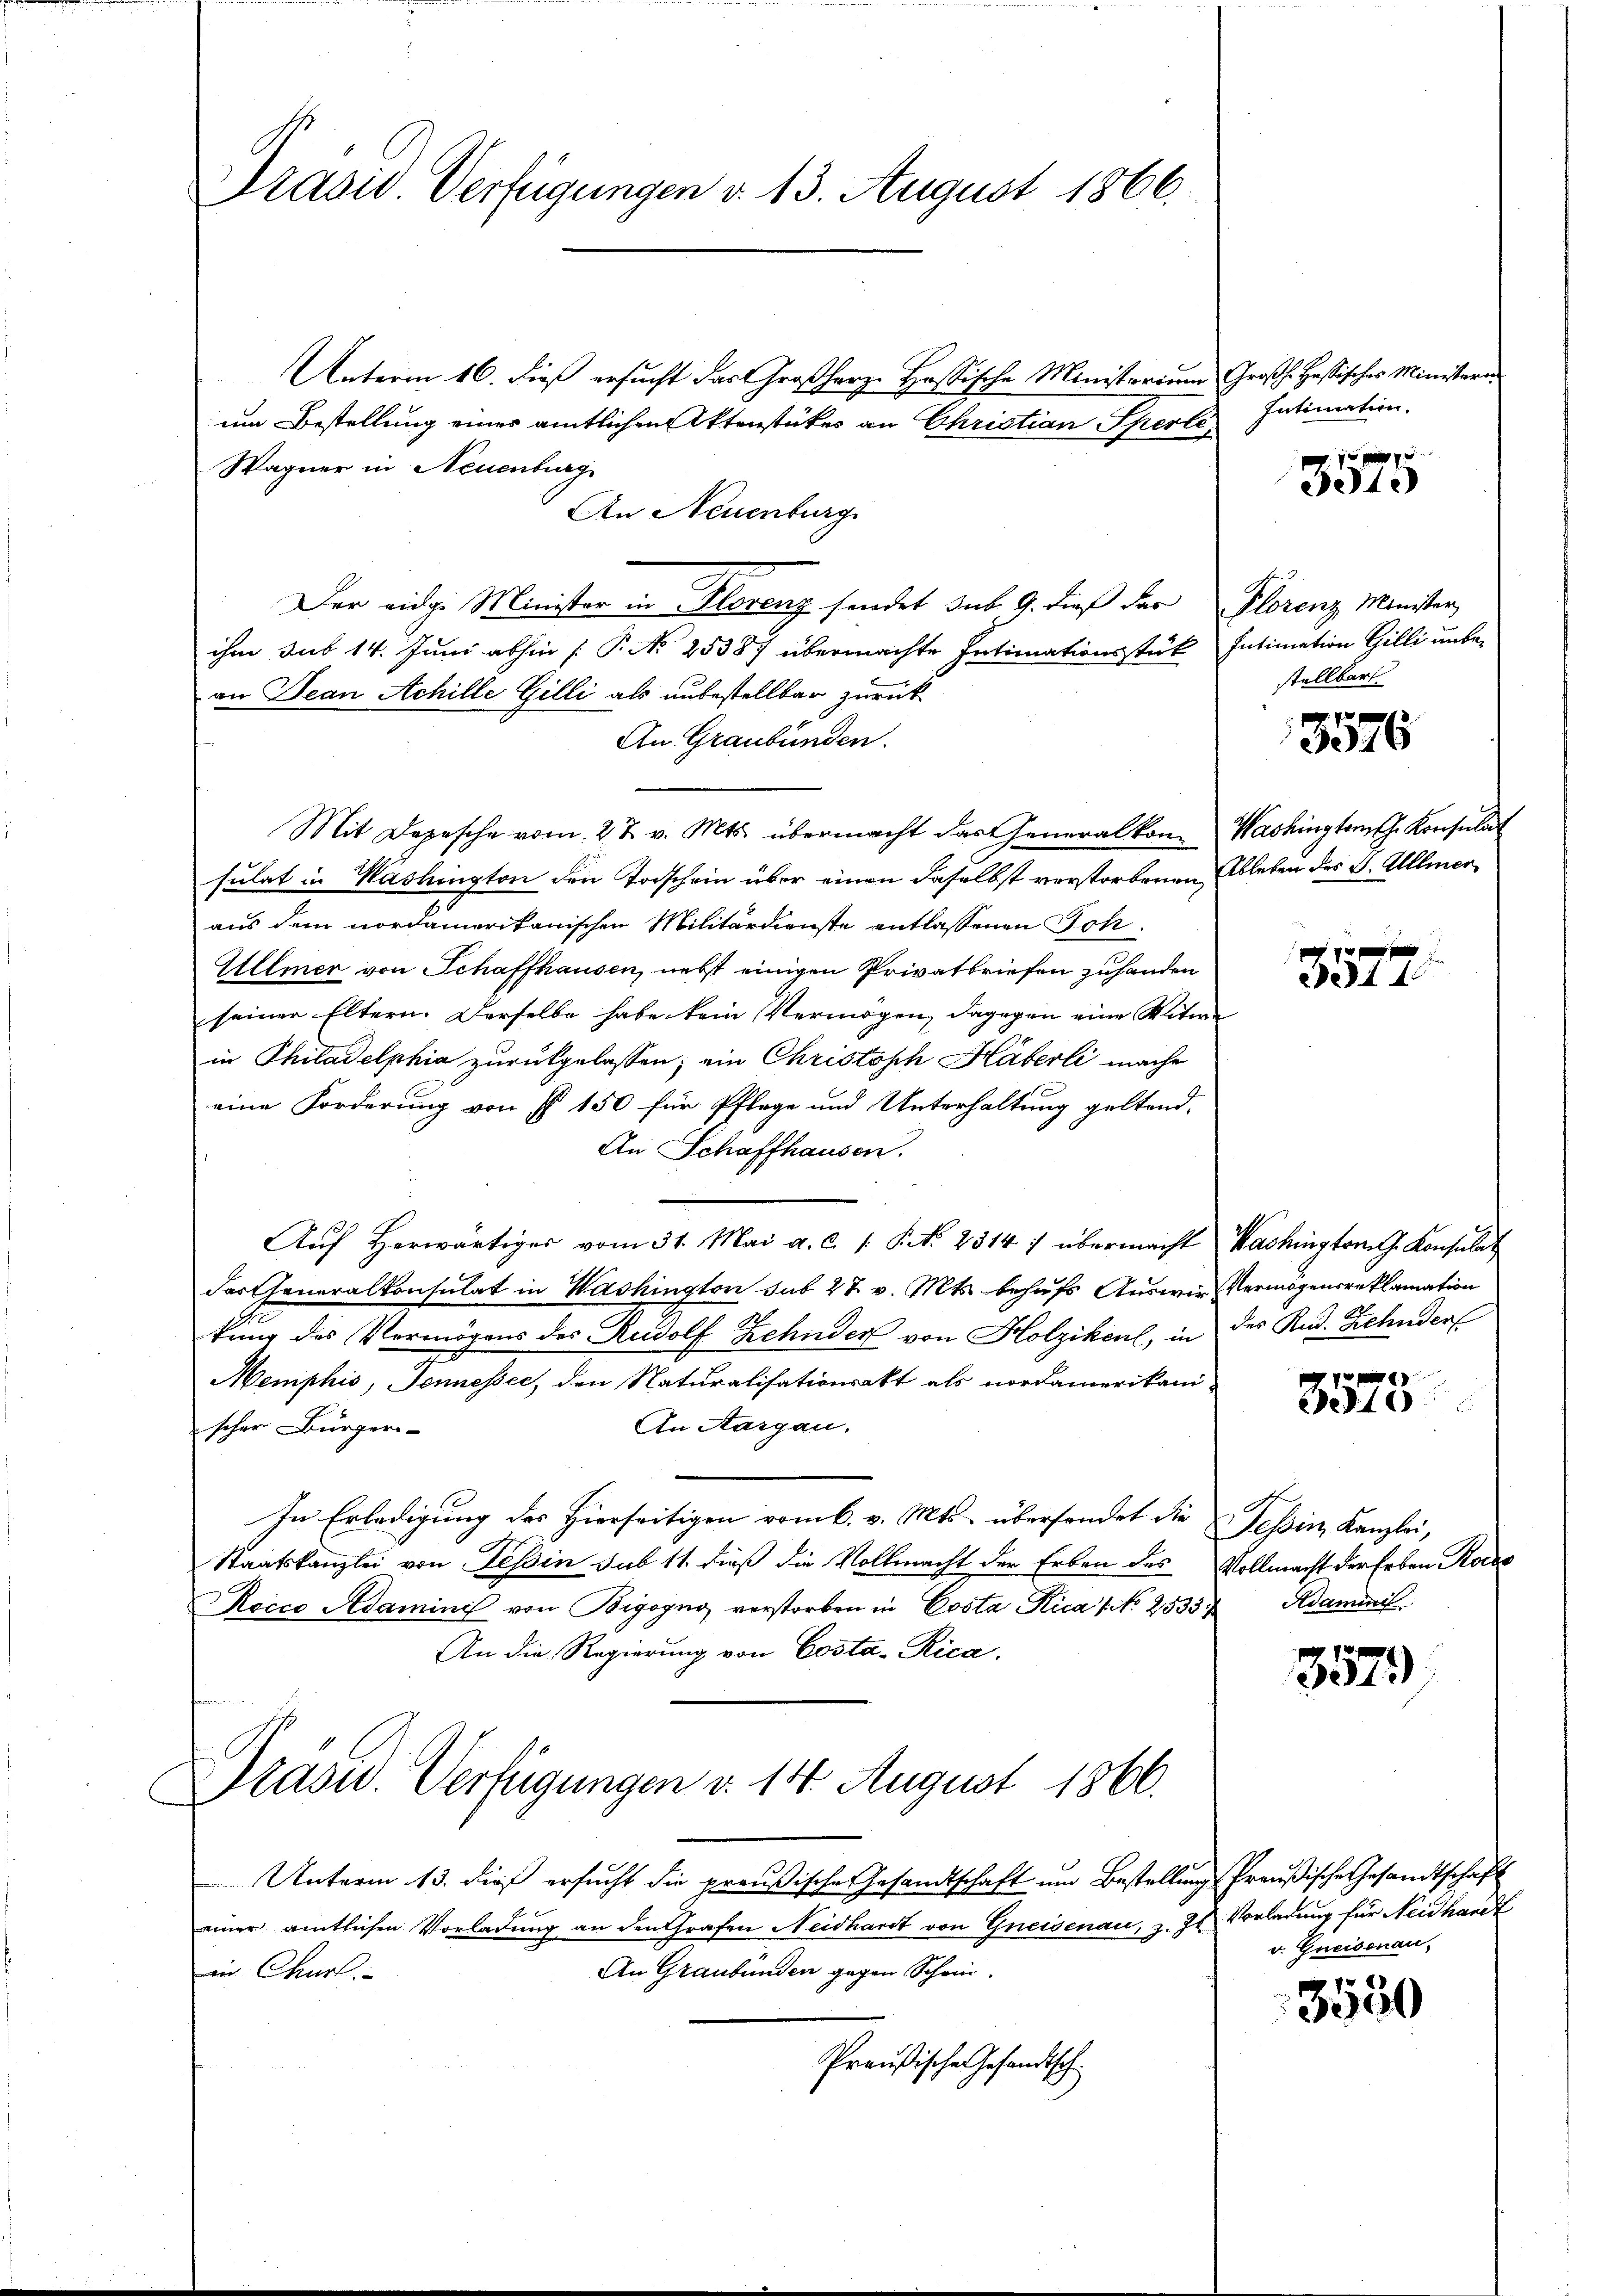
Präsid. Verfügungen v. 13. August 1866.

Unterm 16. dieß ersucht das Großherz- Hassische Ministerium Großh. Hesisches Ministerum Bestellung einer amtlichen Aktenstückes an Christian Sperli
Wagner in Neuenburg
An Neuenburg
Der eidg. Minister in Florenz sendet sub 9. dieß der Florenz Minister,
ihm sub 14. Juni abhin [P No 25387 übermachte Intimationsstük Intimation Gilli unbe-
an Jean Achille Gilli als unbestellbar zurück
An Graubünden.
Mit Depesche vom 27. v. Mts. übermacht das Generalkon- Washingtont. Konsulat
sulat in Washington den Todschein über einen daselbst verstorbenen Ableben des J. Ullmer
aus dem nordamerikanischen Militärdienste entlassenen Joh.
Ullmer von Schaffhausen, nebst einigen Privatbriefen zuhanden
seiner Eltern. Derselbe habe kein Vermögen, dagegen eine Witwe
in Philadelphia zurückgelassen; ein Christoph Häberli mache
eine Forderung von § 150 für Pflege und Unterhaltung geltend,
An Schaffhausen.
Aŭf herwärtiges vom 31. Mai a. c. s. S. N. 2314 :/ übermacht Washington G. Konsulat
dartheneralkonsulat in Washington sub 27. v. Mts. behufs Auswie Vermögensreklamation
kung des Vermögens des Rudolf Zehnder von Holziken, in des Rud. Zehnders
Memphis, Jennesser, den Naturalisationsakt als nordamerikani
An Aargau.
scher Bürgeri-
In Erledigung des Hierseitigen vom 6. v. Mts. übersonder die Tessin, Kanzlei,
Staatskanzlei von Tessin sub 11. dieß die Vollmacht der Erben des Vollmacht der Erben Kores
Rocco Adaminis von Bigogno verstorben in Costa Rica /: No 25333 Adaminis
An die Regierung von Costa-Rica.

Präsid. Verfügungen v. 14. August 1866.

Intimation.

Unterm 13. dieß ersucht die preußische Gesandtschaft um Bestellung Preußische Gesandtschaft
einer amtlichen Vorladung an den Grafen Neidhardt von Gneisenau, z. Zs. Vorladung für Neidhardt
An Graubünden gegen Schein
in Churl.
Preußische Gesandtsch

1 xx
21.

stellbart

3576

3577.

e
e1

357)

v. Greisenau

pr
00